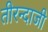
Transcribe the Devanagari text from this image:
तीरन्दाजी